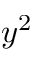
y ^ { 2 }